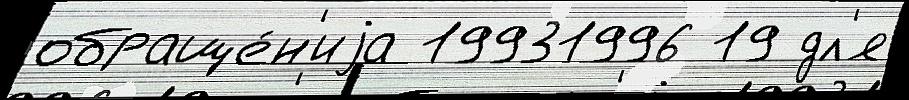
обраще́н'иjа 19931996 19 дл'я